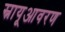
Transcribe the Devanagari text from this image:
स्नायूआवरण